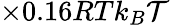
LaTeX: \times 0.16RTk_{B}\mathcal{T}